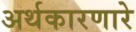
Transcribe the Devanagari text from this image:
अर्थकारणारे